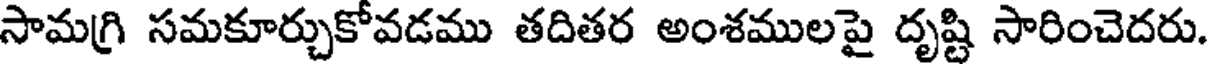
సామగ్రి సమకూర్చుకోవడము తదితర అంశములపై దృష్టి సారించెదరు.